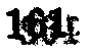
$164_{5}$